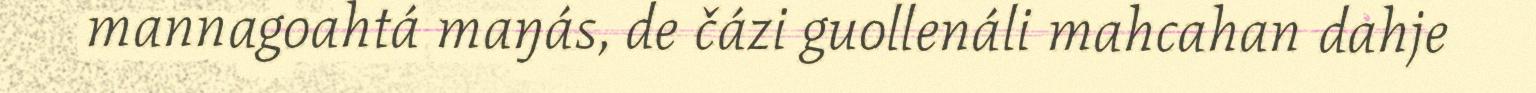
mannagoahtá maŋás, de čázi guollenáli mahcahan dahje